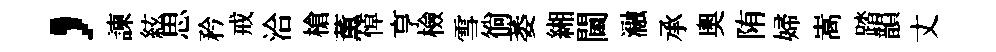
，諫絃思矜戒洽槍薫悼亨檢雪徜萎緗閫瀜承奧陏婦嵩踏韻丈